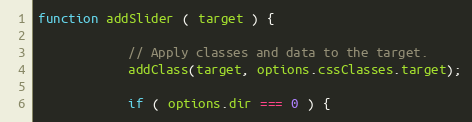
Language: JavaScript
function addSlider ( target ) {

            // Apply classes and data to the target.
            addClass(target, options.cssClasses.target);

            if ( options.dir === 0 ) {